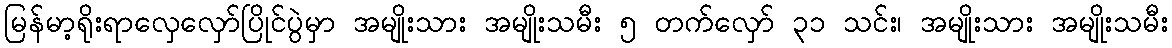
မြန်မာ့ရိုးရာလှေလှော်ပြိုင်ပွဲမှာ အမျိုးသား အမျိုးသမီး ၅ တက်လှော် ၃၁ သင်း၊ အမျိုးသား အမျိုးသမီး